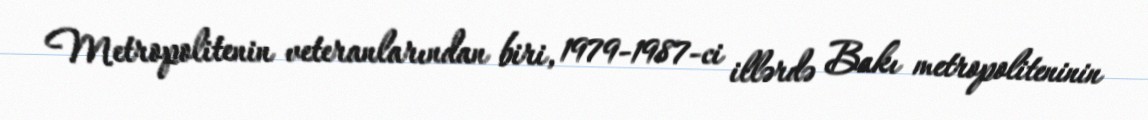
Metropolitenin veteranlarından biri, 1979-1987-ci illərdə Bakı metropoliteninin